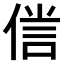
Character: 𠋜